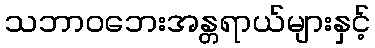
သဘာဝဘေးအန္တရာယ်များနှင့်